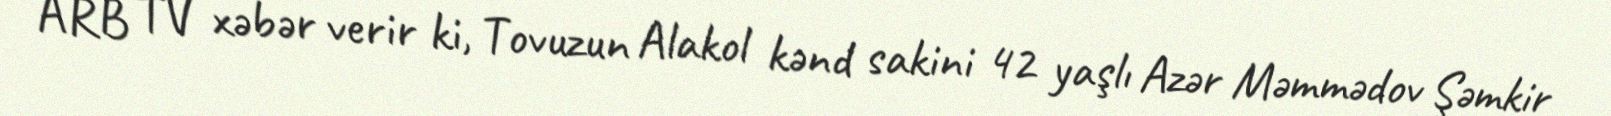
ARB TV xəbər verir ki, Tovuzun Alakol kənd sakini 42 yaşlı Azər Məmmədov Şəmkir